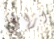
ازال